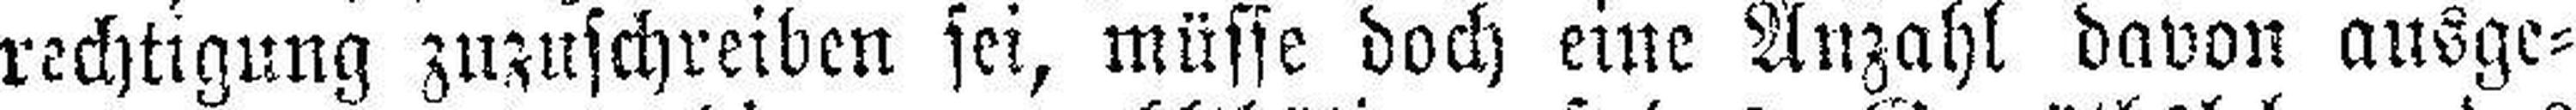
rechtigung zuzuschreiben sei, müsse doch eine Anzahl davon ausge¬